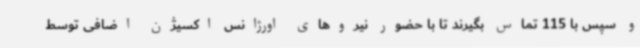
و سپس با 115 تماس بگیرند تا با حضور نیروهای اورژانس اکسیژن اضافی توسط